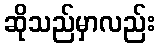
ဆိုသည်မှာလည်း